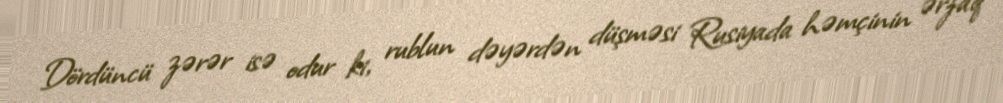
Dördüncü zərər isə odur ki, rublun dəyərdən düşməsi Rusiyada həmçinin ərzaq